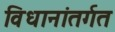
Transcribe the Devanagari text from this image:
विधानांतर्गत